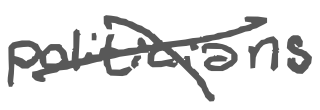
Text: politicians
Cross-out: cross
Writing tool: digital_gray